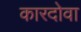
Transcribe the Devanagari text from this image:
कारदोवा